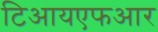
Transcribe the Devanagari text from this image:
टिआयएफआर